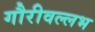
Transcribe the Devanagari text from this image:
गौरीवल्लभ